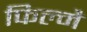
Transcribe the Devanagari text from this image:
फिल्मैं